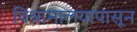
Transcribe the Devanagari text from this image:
विश्रामालयापासून